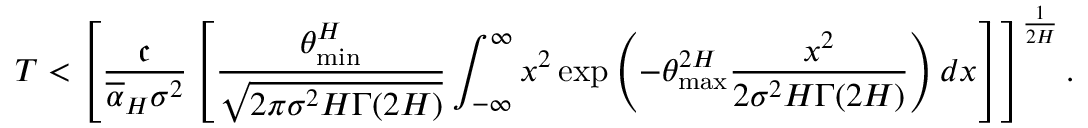
T < \left[ \frac { \mathfrak c } { \overline { \alpha } _ { H } \sigma ^ { 2 } } \left[ \frac { \theta _ { \operatorname* { m i n } } ^ { H } } { \sqrt { 2 \pi \sigma ^ { 2 } H \Gamma ( 2 H ) } } \int _ { - \infty } ^ { \infty } x ^ { 2 } \exp \left( - \theta _ { \operatorname* { m a x } } ^ { 2 H } \frac { x ^ { 2 } } { 2 \sigma ^ { 2 } H \Gamma ( 2 H ) } \right) d x \right] \right] ^ { \frac { 1 } { 2 H } } .